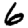
Digit: 6